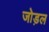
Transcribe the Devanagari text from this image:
जोड़ल